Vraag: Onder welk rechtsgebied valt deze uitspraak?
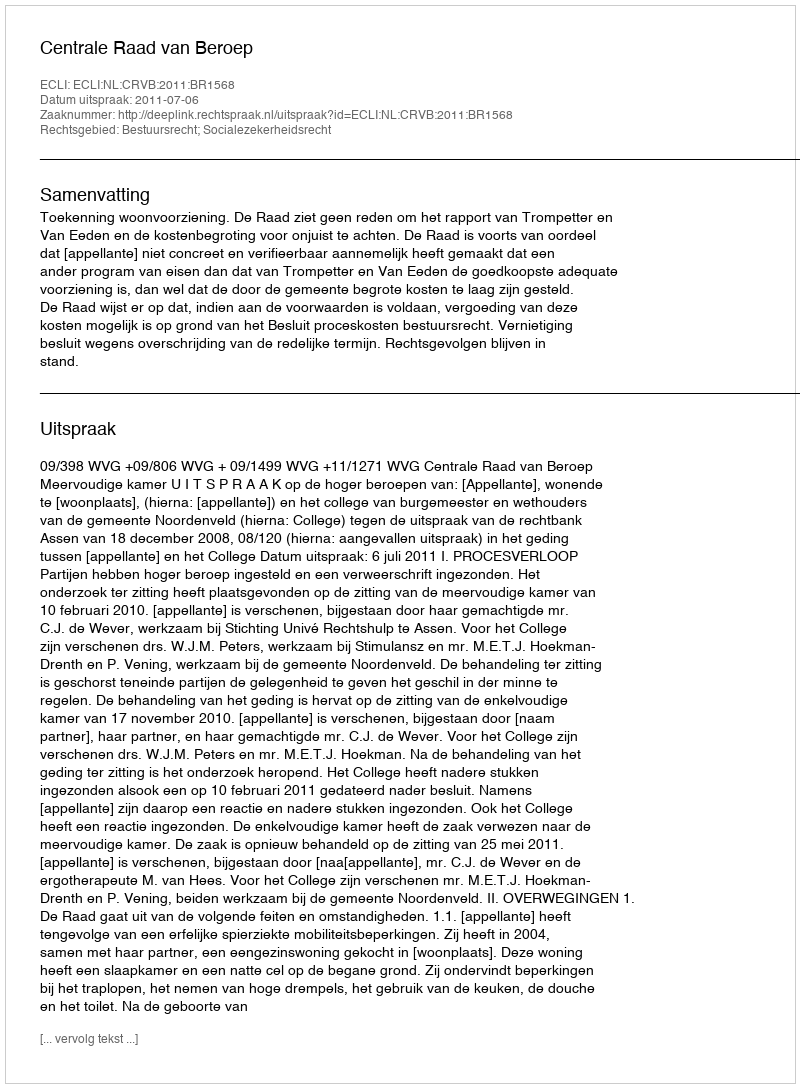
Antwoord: Bestuursrecht; Socialezekerheidsrecht